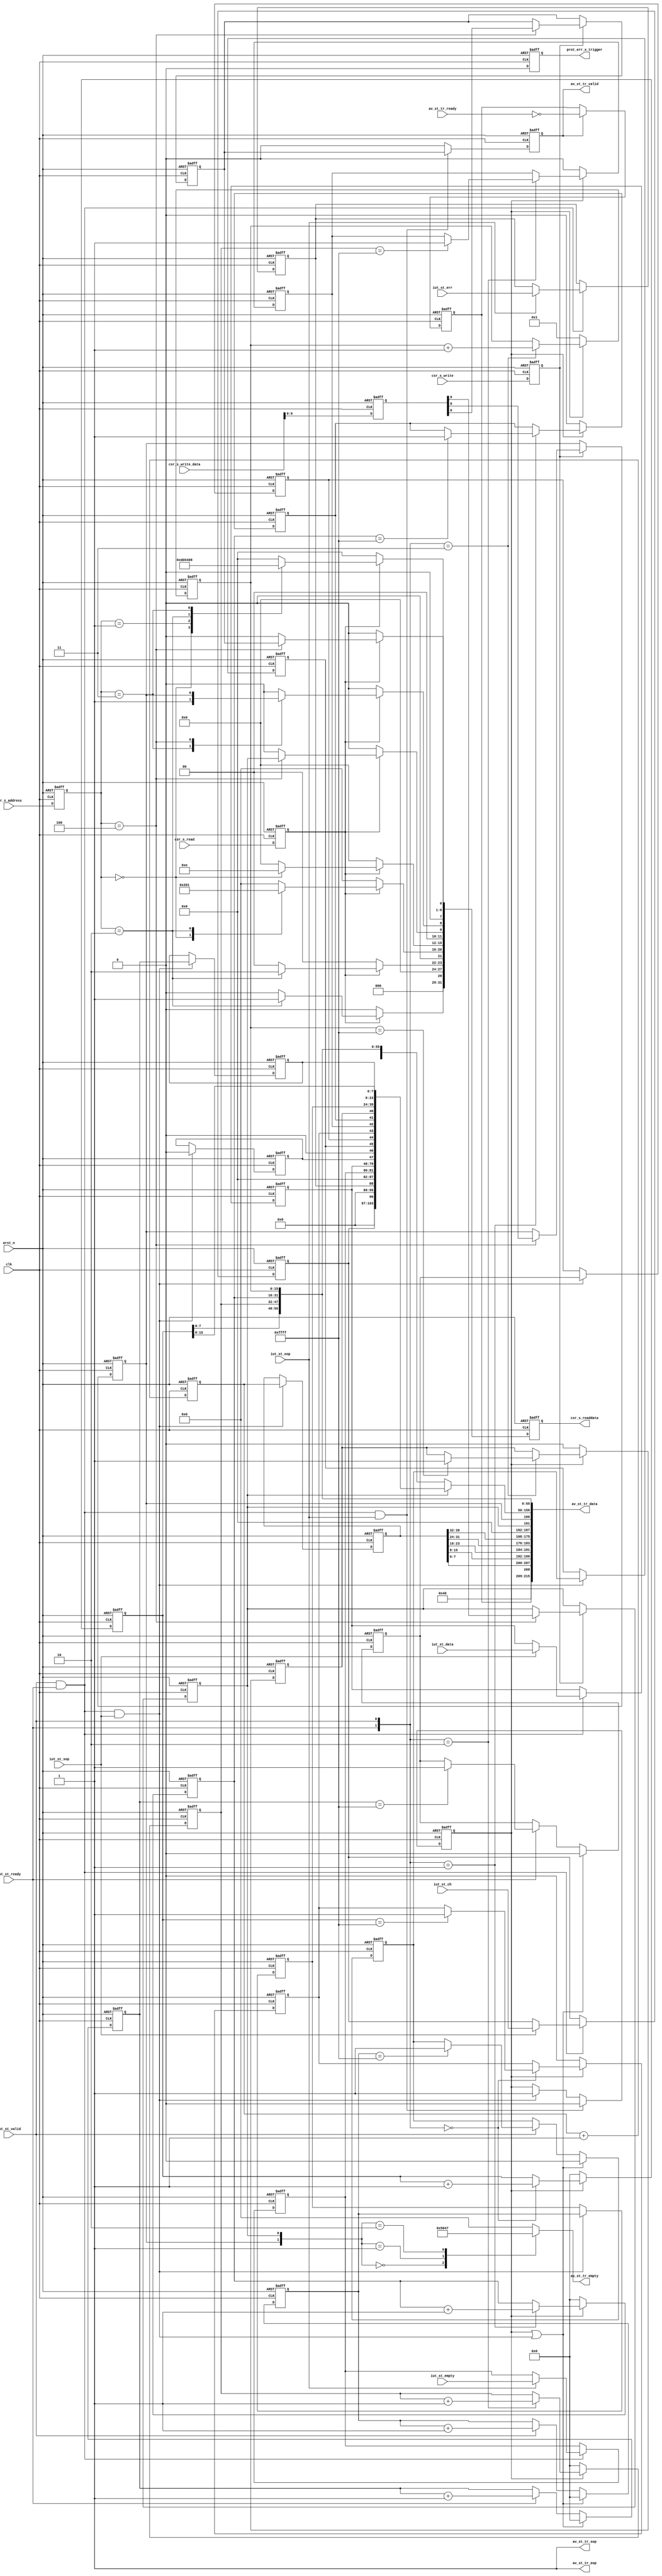
// (C) 2001-2014 Altera Corporation. All rights reserved.
// Your use of Altera Corporation's design tools, logic functions and other 
// software and tools, and its AMPP partner logic functions, and any output 
// files any of the foregoing (including device programming or simulation 
// files), and any associated documentation or information are expressly subject 
// to the terms and conditions of the Altera Program License Subscription 
// Agreement, Altera MegaCore Function License Agreement, or other applicable 
// license agreement, including, without limitation, that your use is for the 
// sole purpose of programming logic devices manufactured by Altera and sold by 
// Altera or its authorized distributors.  Please refer to the applicable 
// agreement for further details.


//
//   an example distiller used to highlight the packet dropping messaging & highlight simple behaviours.
//     it is based on monitoring avalon streaming packets.
//
//  Packet format is as follows:
//     packet encap byte (indicates long TS)
//     long TS
//     flags (what is in packet data &| counters)
//     <data>
//     <counters>
//    EOP
//
//   Extensions to consider:
//      do we have option to compile out the ability to send data or counters to save size?
//   TODO:
//      variable timestamp length?
//      USE_READY
//      USE_PACKETS

`timescale 1ps / 1ps
`default_nettype none
module altera_trace_av_st_example_monitor #(
    parameter MON_DATA_WIDTH     = 32,
    parameter MON_CHANNEL_WIDTH  = 1,
    parameter MON_EMPTY_WIDTH    = 2,
    parameter MON_ERR_WIDTH      = 1,

    parameter FULL_TS_LENGTH     = 40,     // Full resolution timestamp bitwidth // should be a multiple of 8 bits!
    parameter COUNTER_WIDTHS     = 16,     // counter wisths
    parameter WAKE_UP_RUNNING    = 0,      // SORT of supported, but how do we control the enabl bits?

    parameter TAP_CAPTURED_WORDS = 1,      // number of words captured from the TAP
    parameter USE_READY          = 1,      // indicates if we should be using the AV_ST ready signal
    parameter READY_LATENCY      = 0,
    parameter USE_PACKETS        = 1,

    parameter MFGR_ID            = 110,
    parameter TYPE_NUM           = 270,

// derived parameters.  note symbols here refers to (8 bit) AV_ST_TRACE event packet symbols and not symbols in the input word
    parameter EFF_MON_CHANNEL_WIDTH = (MON_CHANNEL_WIDTH) ? MON_CHANNEL_WIDTH : 1,
    parameter EFF_MON_EMPTY_WIDTH   = (MON_EMPTY_WIDTH  ) ? MON_EMPTY_WIDTH   : 1,
    parameter EFF_MON_ERR_WIDTH     = (MON_ERR_WIDTH)     ? MON_ERR_WIDTH     : 1,

    parameter NUM_TS_SYMBOLS           = (FULL_TS_LENGTH    + 7)/8,
    parameter CH_WIDTH_IN_SYMBOLS      = (MON_CHANNEL_WIDTH + 7)/8,
    parameter DAT_WIDTH_IN_SYMBOLS     = ((MON_DATA_WIDTH * TAP_CAPTURED_WORDS)   + 7)/8,
    parameter MTY_WIDTH_IN_SYMBOLS     = (MON_EMPTY_WIDTH   + 7)/8,
    parameter ERR_WIDTH_IN_SYMBOLS     = (MON_ERR_WIDTH     + 7)/8,
    parameter COUNTER_WIDTH_IN_SYMBOLS = (COUNTER_WIDTHS    + 7)/8,

    parameter TRACE_DATA_SECTION_WIDTH  = DAT_WIDTH_IN_SYMBOLS + MTY_WIDTH_IN_SYMBOLS + ERR_WIDTH_IN_SYMBOLS + CH_WIDTH_IN_SYMBOLS,
    parameter NET_COUNTER_SECTION_WIDTH = (6 * COUNTER_WIDTH_IN_SYMBOLS) + 1,

    parameter TRACE_SYMBOL_WIDTH    = (1 + NUM_TS_SYMBOLS + 1 + TRACE_DATA_SECTION_WIDTH + NET_COUNTER_SECTION_WIDTH),
    parameter TRACE_DATA_WIDTH      = 8 * TRACE_SYMBOL_WIDTH,
    parameter TRACE_EMPTY_WIDTH     = $clog2(TRACE_SYMBOL_WIDTH)

) (
    input  wire                              clk,
    input  wire                              arst_n,

    // the IUT....
    input  wire                              iut_st_ready,
    input  wire                              iut_st_valid,
    input  wire                              iut_st_sop,
    input  wire                              iut_st_eop,
    input  wire         [MON_DATA_WIDTH-1:0] iut_st_data,
    input  wire  [EFF_MON_CHANNEL_WIDTH-1:0] iut_st_ch,
    input  wire    [EFF_MON_EMPTY_WIDTH-1:0] iut_st_empty,
    input  wire      [EFF_MON_ERR_WIDTH-1:0] iut_st_err,

    // av_st_trace output (WIDE)
    input  wire                              av_st_tr_ready,
    output wire                              av_st_tr_valid,
    output wire                              av_st_tr_sop,
    output wire                              av_st_tr_eop,
    output reg        [TRACE_DATA_WIDTH-1:0] av_st_tr_data,
    output reg       [TRACE_EMPTY_WIDTH-1:0] av_st_tr_empty,

    // CSR
    input  wire                             csr_s_write,
    input  wire                             csr_s_read,
    input  wire                       [3:0] csr_s_address,
    input  wire                      [31:0] csr_s_write_data,
    output reg                       [31:0] csr_s_readdata,

    output wire                             prot_err_x_trigger

);



                                                        // hdr     - TS               flags
localparam  LP_FIELD_START              = TRACE_DATA_WIDTH - 8 - (NUM_TS_SYMBOLS * 8) - 8;      // defines where the data or counter section starts.

// Empty constants
localparam  LP_NO_DATA_OR_COUNTER_EMPTY = NET_COUNTER_SECTION_WIDTH[TRACE_EMPTY_WIDTH : 0] + TRACE_DATA_SECTION_WIDTH[TRACE_EMPTY_WIDTH : 0];

localparam TRACE_COUNTER_SECTION_WIDTH  = NET_COUNTER_SECTION_WIDTH*8;

localparam LP_MOD_TS_WIDTH              = ((FULL_TS_LENGTH % 8) == 0) ? 8 :(FULL_TS_LENGTH % 8);
localparam LP_MOD_NUM_WORD_WIDTH        = (TAP_CAPTURED_WORDS) ?$clog2(TAP_CAPTURED_WORDS) : 1;


// CSR
(* dont_merge *) reg        csr_wr_op;
(* dont_merge *) reg        csr_rd_op;
(* dont_merge *) reg  [3:0] csr_addr;
(* dont_merge *) reg [31:0] csr_wdata;



// local copy of ready signal
wire iut_rl0_ready;

generate
    if (READY_LATENCY == 0) begin : RL_ZERO
        assign iut_rl0_ready = iut_st_ready |~USE_READY[0];
    end else begin : RL_NOT_ZERO
        reg [READY_LATENCY-1 : 0] rl_delay;
        always @(posedge clk or negedge arst_n) begin
            if (1'b0 == arst_n) begin
                rl_delay <= {READY_LATENCY{1'b0}};
            end else begin
                rl_delay                  <= rl_delay >> 1;
                rl_delay[READY_LATENCY-1] <= iut_st_ready;
            end
        end

        assign iut_rl0_ready = rl_delay[0] | ~USE_READY[0];

    end
endgenerate





reg        output_enable;

reg        send_counters;
reg        send_data_and_err;

always @(posedge clk or negedge arst_n) begin
    if (1'b0 == arst_n) begin
        csr_wr_op       <= 1'b0;
        csr_rd_op       <= 1'b0;
        csr_addr        <= 0;
        csr_wdata       <= 0;
        csr_s_readdata  <= {32{1'b0}};

        output_enable   <= WAKE_UP_RUNNING[0];

        send_counters        <= 1'b0;
        send_data_and_err    <= 1'b0;
    end else begin

        if (1'b1 == csr_wr_op) begin
            case (csr_addr)
                'd4:     begin output_enable         <= csr_wdata[0];
                               send_counters         <= csr_wdata[8];
                               send_data_and_err     <= csr_wdata[9];
                         end
                default: begin                                 end
            endcase
        end

        csr_s_readdata <= {32{1'b0}};
        if (1'b1 == csr_rd_op) begin
            case (csr_addr)
                'd0: begin
                        csr_s_readdata[31:28]  <= 4'h0;
                        csr_s_readdata[27:12]  <= TYPE_NUM[15:0];
                        csr_s_readdata[11]     <= 1'b0;
                        csr_s_readdata[10: 0]  <= MFGR_ID[ 10:0];
                     end
                'd1: begin
                        csr_s_readdata[ 0+:8]  <= FULL_TS_LENGTH[0+:8];
                        // room for short TS is supported.
                     end
                'd2: begin
                        csr_s_readdata[28+: 4]  <= MON_ERR_WIDTH    [0+:4];
                        csr_s_readdata[22+: 6]  <= MON_EMPTY_WIDTH  [0+:6];
                        csr_s_readdata[16+: 6]  <= MON_CHANNEL_WIDTH[0+:6];
                        csr_s_readdata[ 0+:16]  <= MON_DATA_WIDTH   [0+:16];
                     end
                'd3: begin
                        csr_s_readdata[0+:8]  <= COUNTER_WIDTHS[0+:8];
                        csr_s_readdata[8+:8]  <= TAP_CAPTURED_WORDS[0+:8];
                     end
                'd4: begin  //CONTROL
                        csr_s_readdata[0]  <= output_enable;
                        csr_s_readdata[8]  <= send_counters;
                        csr_s_readdata[9]  <= send_data_and_err;
                     end
                default: begin
                          end
            endcase
        end

        csr_wr_op <= csr_s_write;
        csr_rd_op <= csr_s_read;
        csr_addr  <= csr_s_address;
        csr_wdata <= csr_s_write_data;
    end
end


(* dont_merge *) reg [FULL_TS_LENGTH-1:0] int_ts;
reg [FULL_TS_LENGTH-1:0] sampled_eop_ts;

reg dropped_ouptut_event_message;
reg write_output;

reg [MON_DATA_WIDTH * TAP_CAPTURED_WORDS-1:0] sampled_data;
reg               [EFF_MON_CHANNEL_WIDTH-1:0] sampled_channel;
reg               [EFF_MON_EMPTY_WIDTH  -1:0] sampled_empty;
reg               [EFF_MON_ERR_WIDTH    -1:0] sampled_error;

reg was_in_packet;
reg in_packet;

reg [COUNTER_WIDTHS-1:0] ip_r_v;
reg [COUNTER_WIDTHS-1:0] ipnr_v;
reg [COUNTER_WIDTHS-1:0] ip_rnv;
reg [COUNTER_WIDTHS-1:0] ipnrnv;
reg                      overflow_r_v;
reg                      overflownr_v;
reg                      overflow_rnv;
reg                      overflownrnv;
reg [COUNTER_WIDTHS-1:0] ipg_r;
reg                      ipg_r_ovrflw;
reg [COUNTER_WIDTHS-1:0] ipg_v;
reg                      ipg_v_ovrflw;
reg [COUNTER_WIDTHS-1:0] sampled_ipg_r;
reg                      sampled_ipg_r_ovrflw;
reg [COUNTER_WIDTHS-1:0] sampled_ipg_v;
reg                      sampled_ipg_v_ovrflw;


// output driving and dropped mesasge detection



always @(posedge clk or negedge arst_n) begin
    if (1'b0 == arst_n) begin
        write_output                 <= 1'b0;
        dropped_ouptut_event_message <= 1'b0;
    end else begin
        if ((write_output == 1'b1) ) begin
            dropped_ouptut_event_message <= ~av_st_tr_ready;
        end

        if ((iut_st_valid == 1'b1) && (iut_rl0_ready == 1'b1) && (iut_st_eop == 1'b1)) begin
            write_output  <= output_enable;
        end else begin
            write_output <= 1'b0;
        end
    end
end

assign av_st_tr_valid = write_output;

// as we are sending a single packet per captured event we can just statically assign SOP and EOP
assign av_st_tr_sop = 1'b1;
assign av_st_tr_eop = 1'b1;





// Sample packet data channel etc...


always @(posedge clk or negedge arst_n) begin
    if (1'b0 == arst_n) begin
        sampled_channel              <= {EFF_MON_CHANNEL_WIDTH{1'b0}};
        sampled_empty                <= {EFF_MON_EMPTY_WIDTH{1'b0}};
        sampled_error                <= {EFF_MON_ERR_WIDTH{1'b0}};
    end else begin
        if ((iut_st_valid == 1'b1) && (iut_rl0_ready == 1'b1)) begin
            if (iut_st_sop == 1'b1) begin
                sampled_channel <= iut_st_ch;
            end

            if (iut_st_eop == 1'b1) begin
                sampled_empty   <= iut_st_empty;
                sampled_error   <= iut_st_err;
            end
        end
    end
end


reg [TAP_CAPTURED_WORDS-1:0] capture_enable;
integer capt_word_count;

always @(posedge clk or negedge arst_n) begin
    if (1'b0 == arst_n) begin
        sampled_data                 <= {(MON_DATA_WIDTH * TAP_CAPTURED_WORDS){1'b0}};
        capture_enable               <= {TAP_CAPTURED_WORDS{1'b0}};
    end else begin
        if ((iut_st_valid == 1'b1) && (iut_rl0_ready == 1'b1)) begin
            if (iut_st_sop == 1'b1) begin
               sampled_data                                                             <= {(MON_DATA_WIDTH * TAP_CAPTURED_WORDS){1'b0}};
               sampled_data[(MON_DATA_WIDTH * TAP_CAPTURED_WORDS) -1 -:MON_DATA_WIDTH]  <= iut_st_data[MON_DATA_WIDTH-1 -: MON_DATA_WIDTH];
               capture_enable <= {TAP_CAPTURED_WORDS{1'b0}};
               if (TAP_CAPTURED_WORDS > 'd1) begin
                  capture_enable[TAP_CAPTURED_WORDS-2] <= 1'b1;
               end
            end else if (TAP_CAPTURED_WORDS > 'd1) begin
                    capture_enable <= capture_enable >> 1;

                    for (capt_word_count = 0; capt_word_count < TAP_CAPTURED_WORDS; capt_word_count = capt_word_count + 1) begin
                        if (capture_enable[capt_word_count] == 1'b1) begin
                            sampled_data[MON_DATA_WIDTH * capt_word_count +:MON_DATA_WIDTH]  <= iut_st_data[0 +: MON_DATA_WIDTH];
                        end
                    end
            end
        end
    end
end



always @(*) begin
    in_packet = was_in_packet | ((iut_st_valid == 1'b1) && (iut_rl0_ready == 1'b1) && (1'b1 == iut_st_sop));
end

always @(posedge clk or negedge arst_n) begin
    if (1'b0 == arst_n) begin
        was_in_packet <= 1'b0;
    end else begin
        if ((iut_st_valid == 1'b1) && (iut_rl0_ready == 1'b1) && (1'b1 == iut_st_eop)) begin
            was_in_packet <= 1'b0;
        end else if ((iut_st_valid == 1'b1) && (iut_rl0_ready == 1'b1) && (1'b1 == iut_st_sop)) begin
            was_in_packet <= 1'b1;
        end
    end
end




// in packet counters
always @(posedge clk or negedge arst_n) begin
    if (1'b0 == arst_n) begin
        ip_r_v       <= {COUNTER_WIDTHS{1'b0}};
        ipnr_v       <= {COUNTER_WIDTHS{1'b0}};
        ip_rnv       <= {COUNTER_WIDTHS{1'b0}};
        ipnrnv       <= {COUNTER_WIDTHS{1'b0}};
        overflow_r_v <= 1'b0;
        overflownr_v <= 1'b0;
        overflow_rnv <= 1'b0;
        overflownrnv <= 1'b0;
    end else begin
        if (was_in_packet) begin
            case ({iut_rl0_ready, iut_st_valid})
                2'b00 : begin
                            ipnrnv <= ipnrnv + 1'b1;
                            if (ipnrnv == {COUNTER_WIDTHS{1'b1}}) begin
                                overflownrnv <= 1'b1;
                            end
                        end
                2'b01 : begin
                            ipnr_v <= ipnr_v + 1'b1;
                            if (ipnr_v == {COUNTER_WIDTHS{1'b1}}) begin
                                overflownr_v <= 1'b1;
                            end
                        end
                2'b10 : begin
                            ip_rnv <= ip_rnv + 1'b1;
                            if (ip_rnv == {COUNTER_WIDTHS{1'b1}}) begin
                                overflow_rnv <= 1'b1;
                            end
                        end
                2'b11 : begin
                            ip_r_v <= ip_r_v + 1'b1;
                            if (ip_r_v == {COUNTER_WIDTHS{1'b1}}) begin
                                overflow_r_v <= 1'b1;
                            end
                        end
            endcase
        end else begin  // SOP or single word packet!
            overflow_r_v <= 1'b0;
            overflownr_v <= 1'b0;
            overflow_rnv <= 1'b0;
            overflownrnv <= 1'b0;

            ip_r_v       <= 'd1;
            ipnr_v       <= {COUNTER_WIDTHS{1'b0}};
            ip_rnv       <= {COUNTER_WIDTHS{1'b0}};
            ipnrnv       <= {COUNTER_WIDTHS{1'b0}};
        end

    end
end


// out of packet counters!
always @(posedge clk or negedge arst_n) begin
    if (1'b0 == arst_n) begin
        ipg_r           <= {COUNTER_WIDTHS{1'b0}};
        ipg_v           <= {COUNTER_WIDTHS{1'b0}};
        ipg_r_ovrflw    <= 1'b0;
        ipg_v_ovrflw    <= 1'b0;
    end else begin
        if (in_packet == 1'b0) begin
            if (iut_rl0_ready == 1'b1) begin
                ipg_r <= ipg_r + 1'b1;
                if (ipg_r == {COUNTER_WIDTHS{1'b1}}) begin
                    ipg_r_ovrflw <= 1'b1;
                end
            end
            if (iut_st_valid == 1'b1) begin
                ipg_v <= ipg_v + 1'b1;
                if (ipg_v == {COUNTER_WIDTHS{1'b1}}) begin
                    ipg_v_ovrflw <= 1'b1;
                end
            end
        end else begin
           ipg_r           <= {COUNTER_WIDTHS{1'b0}};
           ipg_v           <= {COUNTER_WIDTHS{1'b0}};
           ipg_r_ovrflw    <= 1'b0;
           ipg_v_ovrflw    <= 1'b0;
        end
    end
end



always @(posedge clk or negedge arst_n) begin
    if (1'b0 == arst_n) begin
        sampled_ipg_r           <= {COUNTER_WIDTHS{1'b0}};
        sampled_ipg_v           <= {COUNTER_WIDTHS{1'b0}};
        sampled_ipg_r_ovrflw    <= 1'b0;
        sampled_ipg_v_ovrflw    <= 1'b0;
    end else begin
        if ((iut_st_valid == 1'b1) && (iut_rl0_ready == 1'b1) && (1'b1 == iut_st_sop)) begin
            sampled_ipg_r            <= ipg_r;
            sampled_ipg_v            <= ipg_v;
            sampled_ipg_r_ovrflw     <= ipg_r_ovrflw;
            sampled_ipg_v_ovrflw     <= ipg_v_ovrflw;
        end
    end
end


// Feature to be developed!
wire ipg_prot_err, first_word_prot_err, in_pacet_prot_err;
assign ipg_prot_err        = 1'b0;
assign in_pacet_prot_err   = 1'b0;
assign first_word_prot_err = 1'b0;



reg sampled_prot_err;
(* preserve *) reg int_prot_err_x_trigger;

always @(posedge clk or negedge arst_n) begin
    if (1'b0 == arst_n) begin
        sampled_prot_err       <= 1'b0;
        int_prot_err_x_trigger <= 1'b0;

    end else begin
        int_prot_err_x_trigger <= 1'b0;

        if ((iut_st_valid == 1'b1) && (iut_rl0_ready == 1'b1) && (1'b1 == iut_st_sop)) begin
            sampled_prot_err <= ipg_prot_err | first_word_prot_err;
        end else if (in_packet == 1'b1) begin
            sampled_prot_err <= sampled_prot_err | in_pacet_prot_err;
        end
    end
end

assign prot_err_x_trigger = int_prot_err_x_trigger;




// internal TS and coutner sampling signals.

// sampling control for timestamps
always @(posedge clk or negedge arst_n) begin
    if (1'b0 == arst_n) begin
       int_ts                   <= {FULL_TS_LENGTH{1'b0}};
       sampled_eop_ts           <= {FULL_TS_LENGTH{1'b0}};
    end else begin
        int_ts <= int_ts + 1'b1;

        if (   ((iut_st_valid == 1'b1) && (iut_rl0_ready == 1'b1))
            && (1'b1 == iut_st_sop)
           ) begin
            sampled_eop_ts <= int_ts;
        end
    end
end




// Pack the "sampled data" section
reg [(8*TRACE_DATA_SECTION_WIDTH)-1: 0] data_section;
always @(*) begin
    data_section = {(TRACE_DATA_SECTION_WIDTH*8){1'b0}};
    if (MON_DATA_WIDTH != 0)    data_section[ 0                                                                       +: MON_DATA_WIDTH * TAP_CAPTURED_WORDS] = sampled_data;
    if (MON_EMPTY_WIDTH != 0)   data_section[ DAT_WIDTH_IN_SYMBOLS                                                * 8 +: EFF_MON_EMPTY_WIDTH]                 = sampled_empty;
    if (MON_ERR_WIDTH != 0)     data_section[(DAT_WIDTH_IN_SYMBOLS + MTY_WIDTH_IN_SYMBOLS)                        * 8 +: EFF_MON_ERR_WIDTH]                   = sampled_error;
    if (MON_CHANNEL_WIDTH != 0) data_section[(DAT_WIDTH_IN_SYMBOLS + MTY_WIDTH_IN_SYMBOLS + ERR_WIDTH_IN_SYMBOLS) * 8 +: EFF_MON_CHANNEL_WIDTH]               = sampled_channel;
end

// pack the "counters" section
reg [NET_COUNTER_SECTION_WIDTH * 8 -1:0] counter_section;
always @(*) begin
    counter_section = {(NET_COUNTER_SECTION_WIDTH*8){1'b0}};

    counter_section[(NET_COUNTER_SECTION_WIDTH*8) -8] = overflow_r_v;
    counter_section[(NET_COUNTER_SECTION_WIDTH*8) -7] = overflownr_v;
    counter_section[(NET_COUNTER_SECTION_WIDTH*8) -6] = overflow_rnv;
    counter_section[(NET_COUNTER_SECTION_WIDTH*8) -5] = overflownrnv;
    counter_section[(NET_COUNTER_SECTION_WIDTH*8) -4] = sampled_ipg_r_ovrflw;
    counter_section[(NET_COUNTER_SECTION_WIDTH*8) -3] = sampled_ipg_v_ovrflw;

    counter_section[(NET_COUNTER_SECTION_WIDTH*8) -1] = sampled_prot_err;

    counter_section[(0* COUNTER_WIDTH_IN_SYMBOLS)*8 +:COUNTER_WIDTHS] = ip_r_v[0+:COUNTER_WIDTHS];  // big endian values!
    counter_section[(1* COUNTER_WIDTH_IN_SYMBOLS)*8 +:COUNTER_WIDTHS] = ipnr_v[0+:COUNTER_WIDTHS];  // big endian values!
    counter_section[(2* COUNTER_WIDTH_IN_SYMBOLS)*8 +:COUNTER_WIDTHS] = ip_rnv[0+:COUNTER_WIDTHS];  // big endian values!
    counter_section[(3* COUNTER_WIDTH_IN_SYMBOLS)*8 +:COUNTER_WIDTHS] = ipnrnv[0+:COUNTER_WIDTHS];  // big endian values!
    counter_section[(4* COUNTER_WIDTH_IN_SYMBOLS)*8 +:COUNTER_WIDTHS] = sampled_ipg_r   [0+:COUNTER_WIDTHS];  // big endian values!
    counter_section[(5* COUNTER_WIDTH_IN_SYMBOLS)*8 +:COUNTER_WIDTHS] = sampled_ipg_v   [0+:COUNTER_WIDTHS];  // big endian values!

end



// combinatorially set the output data
integer i;
always @(*) begin
    // default
    av_st_tr_data                        = {TRACE_DATA_WIDTH{1'b0}};
    // encapsulation
        //encapsulation encoding byte
        av_st_tr_data[TRACE_DATA_WIDTH-8+:8] = 'h80;                          //full TS no ED bits sent, no triggering or expansion bits set
        av_st_tr_data[TRACE_DATA_WIDTH-8]    = dropped_ouptut_event_message;   // set if we dropped previous message

        // insert the TS here!
        for (i = 0; i < NUM_TS_SYMBOLS; i = i + 1) begin
            if (i == NUM_TS_SYMBOLS -1) begin
                av_st_tr_data[TRACE_DATA_WIDTH-16- (8*i)+:LP_MOD_TS_WIDTH] = sampled_eop_ts[8*i +:LP_MOD_TS_WIDTH];
            end else begin
                av_st_tr_data[TRACE_DATA_WIDTH-16- (8*i)+:8] = sampled_eop_ts[8*i +:8];
            end
        end

    // User section packing
        // user header Byte, used to decode which fields are present
        av_st_tr_data[LP_FIELD_START+1] = send_data_and_err;  // bit 1
        av_st_tr_data[LP_FIELD_START]   = send_counters;      // bit 0


        // default data packing condition (pack both possible data sections)
        av_st_tr_data[LP_FIELD_START -1                               -: TRACE_DATA_SECTION_WIDTH*8]  = data_section[(TRACE_DATA_SECTION_WIDTH*8)-1-:TRACE_DATA_SECTION_WIDTH*8];
        av_st_tr_data[LP_FIELD_START -1 -(TRACE_DATA_SECTION_WIDTH*8) -: TRACE_COUNTER_SECTION_WIDTH] = counter_section[TRACE_COUNTER_SECTION_WIDTH-1-:TRACE_COUNTER_SECTION_WIDTH];

        // if we are not sending data then we re-align the counters to immediatey start after the user header byte
        if (1'b0 == send_data_and_err) begin
            av_st_tr_data[LP_FIELD_START -1 -: TRACE_COUNTER_SECTION_WIDTH]   = counter_section[TRACE_COUNTER_SECTION_WIDTH-1-: TRACE_COUNTER_SECTION_WIDTH];
        end
end


// comb set the output empty
always @(*) begin
    case ({send_counters, send_data_and_err})
        2'b00  : av_st_tr_empty = LP_NO_DATA_OR_COUNTER_EMPTY[TRACE_EMPTY_WIDTH -1: 0];
        2'b01  : av_st_tr_empty = COUNTER_WIDTH_IN_SYMBOLS[TRACE_EMPTY_WIDTH -1: 0];
        2'b10  : av_st_tr_empty = TRACE_DATA_SECTION_WIDTH[TRACE_EMPTY_WIDTH -1: 0];
        default: av_st_tr_empty = {TRACE_EMPTY_WIDTH{1'b0}};
    endcase
end

endmodule
`default_nettype wire